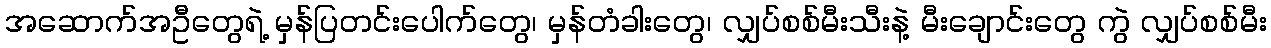
အဆောက်အဦတွေရဲ့ မှန်ပြတင်းပေါက်တွေ၊ မှန်တံခါးတွေ၊ လျှပ်စစ်မီးသီးနဲ့ မီးချောင်းတွေ ကွဲ လျှပ်စစ်မီး